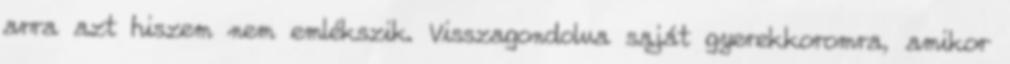
arra azt hiszem nem emlékszik. Visszagondolva saját gyerekkoromra, amikor